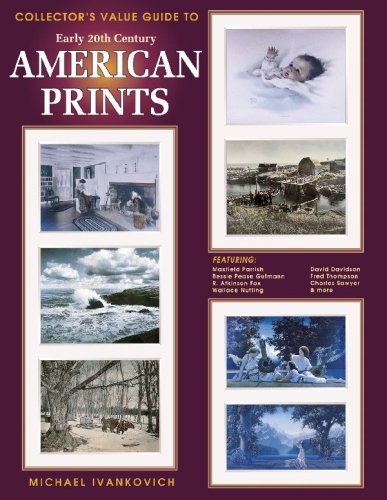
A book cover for Collectors Guide to Early Twentieth Century American Prints; Michael Ivankovich; Crafts, Hobbies & Home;